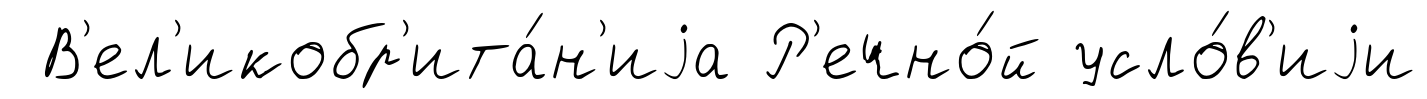
В'ел'икобр'ита́н'иjа Р'ечно́й усло́в'иjи